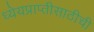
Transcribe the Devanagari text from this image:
ध्येयप्राप्तीसाठीची